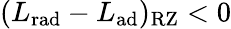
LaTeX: (L_{\mathrm{rad}}-L_{\mathrm{ad}})_{\mathrm{RZ}}<0